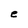
Character: e